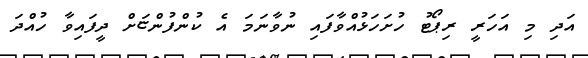
އަދި މި އަހަރީ ރިޕޯޓު ހުށަހަޅުއްވާފައި ނުވާނަމަ އެ ކުންފުންޏަށް ދީފައިވާ ހުއްދަ